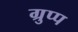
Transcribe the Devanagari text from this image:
ग्रुप्प